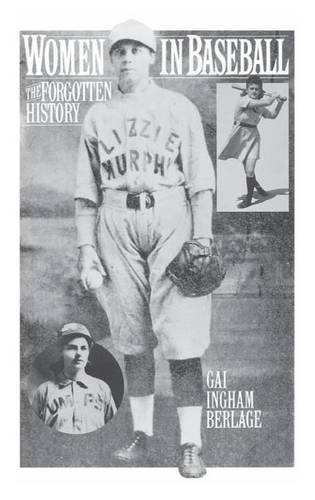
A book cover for Women in Baseball; Gai I Berlage; Sports & Outdoors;